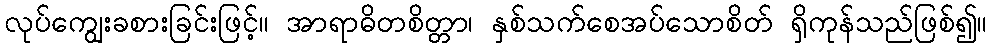
လုပ်ကျွေးခစားခြင်းဖြင့်။ အာရာဓိတစိတ္တာ၊ နှစ်သက်စေအပ်သောစိတ် ရှိကုန်သည်ဖြစ်၍။